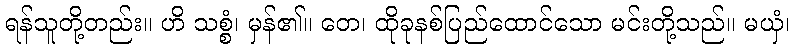
ရန်သူတို့တည်း။ ဟိ သစ္စံ၊ မှန်၏။ တေ၊ ထိုခုနစ်ပြည်ထောင်သော မင်းတို့သည်။ မယှံ၊